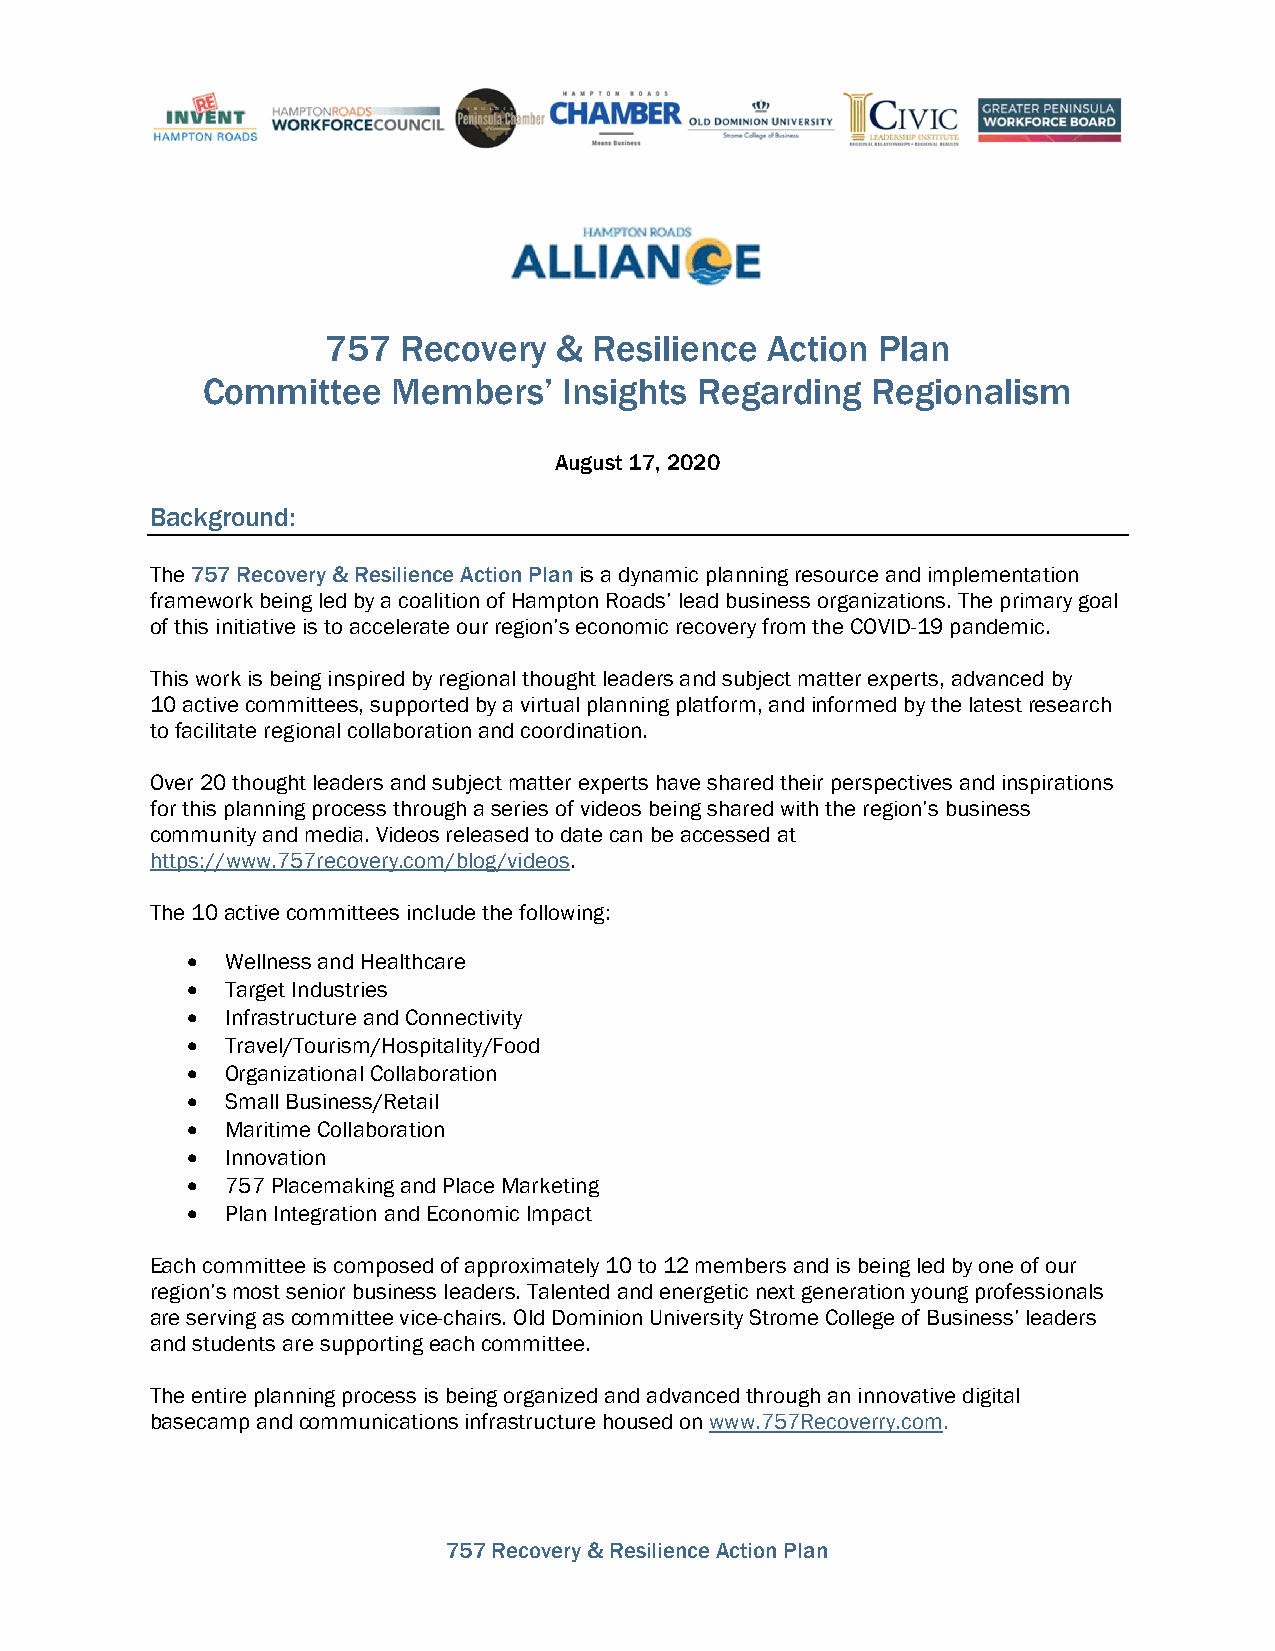
757  Recovery  & Resilience  Action Plan
 Committee    Members’   Insights Regarding   Regionalism
 August 17, 2020
 Background:
 The 757 Recovery & Resilience Action Plan is a dynamic planning resource and implementation
 framework being led by a coalition of Hampton Roads’ lead business organizations. The primary goal
 of this initiative is to accelerate our region’s economic recovery from the COVID-19 pandemic.
 This work is being inspired by regional thought leaders and subject matter experts, advanced by
 10 active committees, supported by a virtual planning platform, and informed by the latest research
 to facilitate regional collaboration and coordination.
 Over 20 thought leaders and subject matter experts have shared their perspectives and inspirations
 for this planning process through a series of videos being shared with the region’s business
 community and media. Videos released to date can be accessed at
 https://www.757recovery.com/blog/videos.
 The 10 active committees include the following:
 •  Wellness and Healthcare
 •  Target Industries
 •  Infrastructure and Connectivity
 •  Travel/Tourism/Hospitality/Food
 •  Organizational Collaboration
 •  Small Business/Retail
 •  Maritime Collaboration
 •  Innovation
 •  757 Placemaking and Place Marketing
 •  Plan Integration and Economic Impact
 Each committee is composed of approximately 10 to 12 members and is being led by one of our
 region’s most senior business leaders. Talented and energetic next generation young professionals
 are serving as committee vice-chairs. Old Dominion University Strome College of Business’ leaders
 and students are supporting each committee.
 The entire planning process is being organized and advanced through an innovative digital
 basecamp and communications infrastructure housed on www.757Recoverry.com.
 757 Recovery & Resilience Action Plan